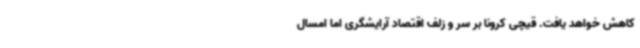
کاهش خواهد یافت. قیچی کرونا بر سر و زلف اقتصاد آرایشگری اما امسال